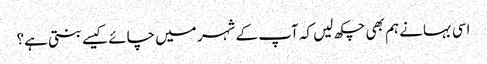
اسی بہانے ہم بھی چکھ لیں کہ آپ کے شہر میں چائے کیسے بنتی ہے؟